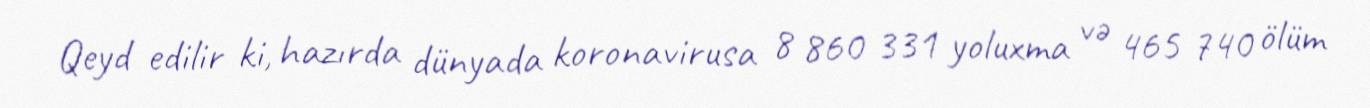
Qeyd edilir ki, hazırda dünyada koronavirusa 8 860 331 yoluxma və 465 740 ölüm